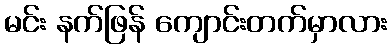
မင်း နက်ဖြန် ကျောင်းတက်မှာလား